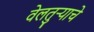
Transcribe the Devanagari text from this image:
वेलतुऱ्याचे